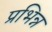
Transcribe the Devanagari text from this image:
प्रभिन्न